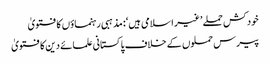
خودکش حملے ’غیر اسلامی ہیں‘: مذہبی رہنماؤں کا فتویٰ
پیرس حملوں کے خلاف پاکستانی علمائے دین کا فتویٰ